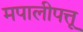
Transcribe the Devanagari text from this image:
मपालीपत्तू